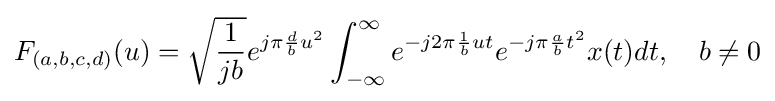
F_{(a,b,c,d)}(u)={\sqrt {\frac {1}{jb}}}e^{j\pi {\frac {d}{b}}u^{2}}\int _{-\infty }^{\infty }e^{-j2\pi {\frac {1}{b}}ut}e^{-j\pi {\frac {a}{b}}t^{2}}x(t)dt,\quad b\neq 0